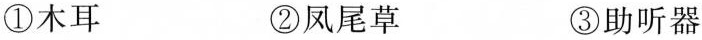
①木耳 ②凤尾草 ③助听器